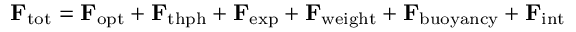
\mathbf { F } _ { \mathrm { t o t } } = \mathbf { F } _ { \mathrm { o p t } } + \mathbf { F } _ { \mathrm { t h p h } } + \mathbf { F } _ { \mathrm { e x p } } + \mathbf { F } _ { \mathrm { w e i g h t } } + \mathbf { F } _ { \mathrm { b u o y a n c y } } + \mathbf { F } _ { \mathrm { i n t } }